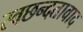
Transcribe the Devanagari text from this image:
स्वछन्दतावाद